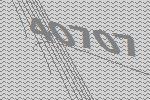
40707